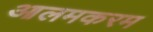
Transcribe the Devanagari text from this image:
आलमकरम